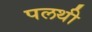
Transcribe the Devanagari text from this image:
पलथी